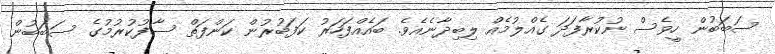
ސަބަބުން ހީވެސް ނުކުރާފަދަ ގެއްލުމެއް ލިބިދާނެއެވެ. ބައެއްފަހަރު ކަފަބުރުން ކަންފަތް ސާފުކުރުމުގެ ސަބަބުން